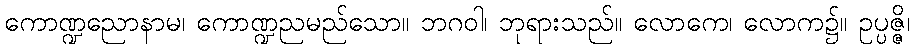
ကောဏ္ဍညောနာမ၊ ကောဏ္ဍညမည်သော။ ဘဂဝါ၊ ဘုရားသည်။ လောကေ၊ လောက၌။ ဥပ္ပဇ္ဇိ၊